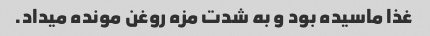
غذا ماسیده بود و به شدت مزه روغن مونده میداد.